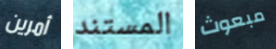
أمرين المستند مبعوث